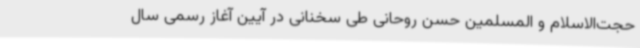
حجت‌الاسلام و المسلمین حسن روحانی طی سخنانی در آیین آغاز رسمی سال